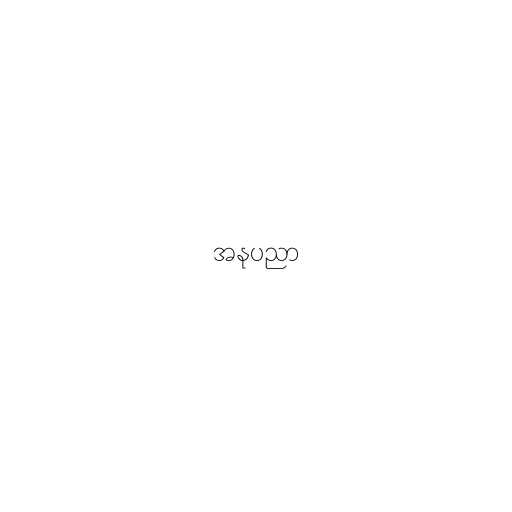
အနုပညာ